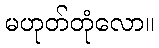
မဟုတ်တုံလော။